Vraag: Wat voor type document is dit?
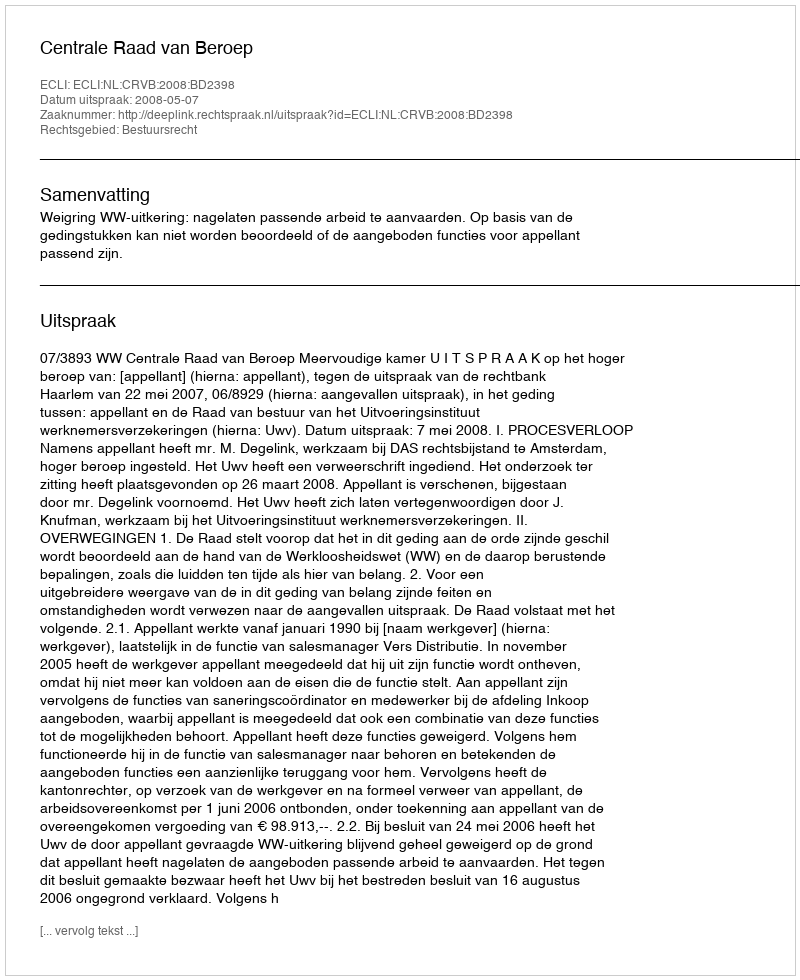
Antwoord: Uitspraak